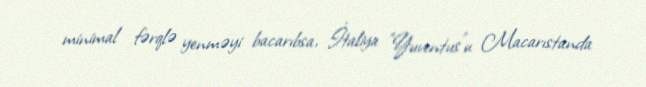
minimal fərqlə yenməyi bacarıbsa, İtaliya "Yuventus"u Macarıstanda